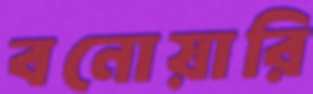
বনোয়ারি